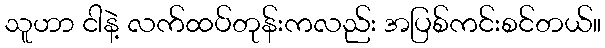
သူဟာ ငါနဲ့ လက်ထပ်တုန်းကလည်း အပြစ်ကင်းစင်တယ်။